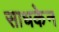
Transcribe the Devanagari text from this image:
साधकेन